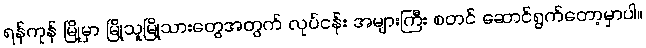
ရန်ကုန် မြို့မှာ မြို့သူမြို့သားတွေအတွက် လုပ်ငန်း အများကြီး စတင် ဆောင်ရွက်တော့မှာပါ။